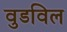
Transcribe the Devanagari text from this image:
वुडविल